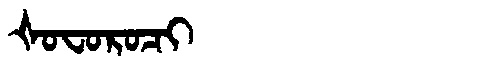
Manchu: ᡧᠣᠸᠣᡵᠣᠴᡳ
Romanization: ŠOFOROCI